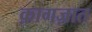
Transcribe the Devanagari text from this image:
क़ागज़ात